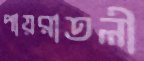
পায়রাতলী